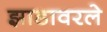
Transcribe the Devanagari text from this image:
झाडावरले